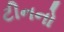
ટીનનો